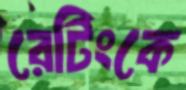
রেটিংকে